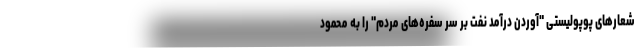
شعارهای پوپولیستی "آوردن درآمد نفت بر سر سفره‌های مردم" را به محمود